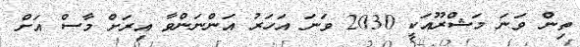
ތިން ވަނަ މަޝްރޫއަކީ 2030 ވަނަ އަހަރު އަންނަންވާ އިރަށް މާސް އަށް